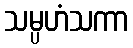
သမ္ပဟံသကာ